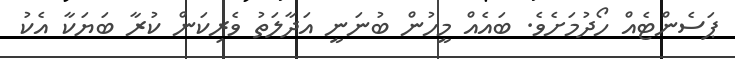
ޕަސެންޓެއް ހޯދުމަށެވެ. ބައެއް މީހުން ބުނަނީ އަދާލަތު ވެރިކަން ކުރާ ބަޔަކާ އެކު